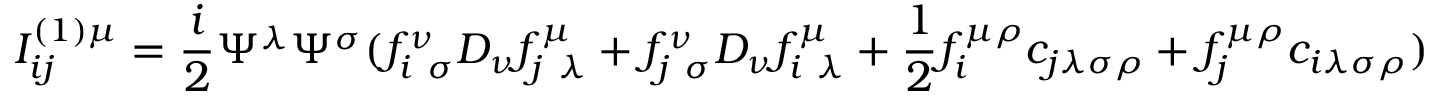
I _ { i j } ^ { ( 1 ) \mu } = { \frac { i } { 2 } } \Psi ^ { \lambda } \Psi ^ { \sigma } ( f _ { i ~ \sigma } ^ { \nu } D _ { \nu } f _ { j ~ \lambda } ^ { \mu } + f _ { j ~ \sigma } ^ { \nu } D _ { \nu } f _ { i ~ \lambda } ^ { \mu } + { \frac { 1 } { 2 } } f _ { i } ^ { \mu \rho } c _ { j \lambda \sigma \rho } + f _ { j } ^ { \mu \rho } c _ { i \lambda \sigma \rho } )